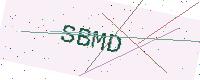
Text: SBMD